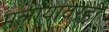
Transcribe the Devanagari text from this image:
मलायावरही